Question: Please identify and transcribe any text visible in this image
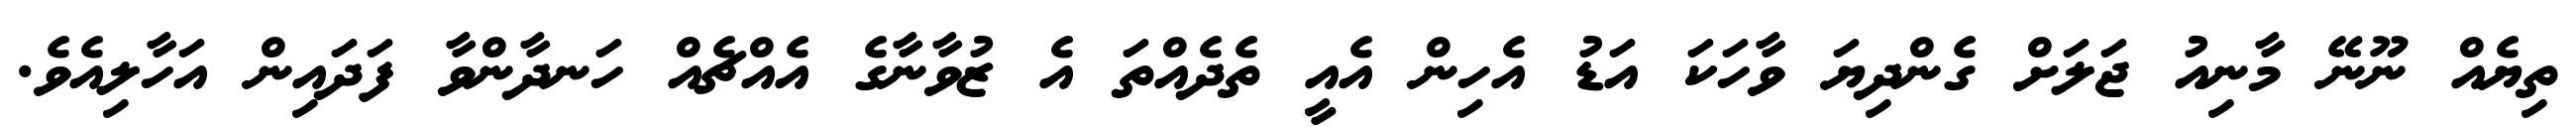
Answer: ތިޔެއް ނޫނޭ މާނިއު ޖަލަށް ގެންދިޔަ ވާހަކަ އަޑު އެހިން އެއީ ތެދެއްތަ އެ ޒުވާނާގެ އެއްޗެއް ހަނދާންވާ ފަދައިން އަހާލިއެވެ.